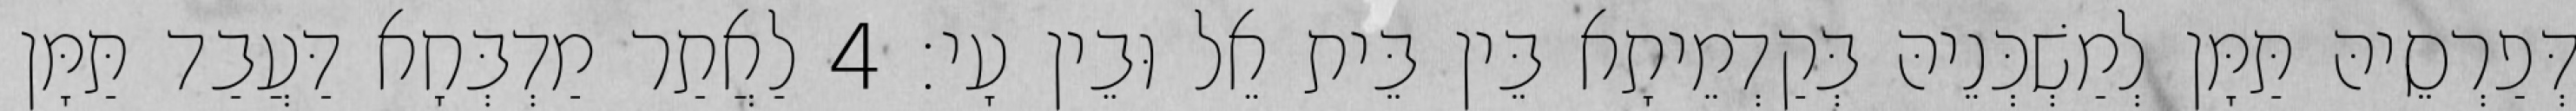
דְּפַרְסֵיהּ תַּמָּן לְמַשְׁכְּנֵיהּ בְּקַדְמֵיתָא בֵּין בֵּית אֵל וּבֵין עָי׃ 4 לַאֲתַר מַדְבְּחָא דַּעֲבַד תַּמָּן